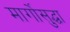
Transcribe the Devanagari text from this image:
मार्गोसुद्धा